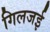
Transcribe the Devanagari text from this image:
गिलजई